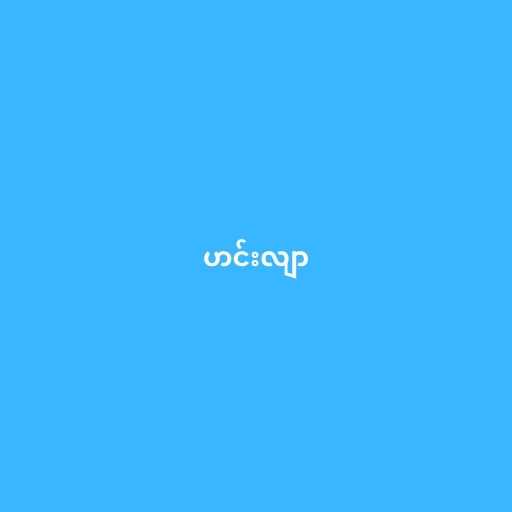
ဟင်းလျာ